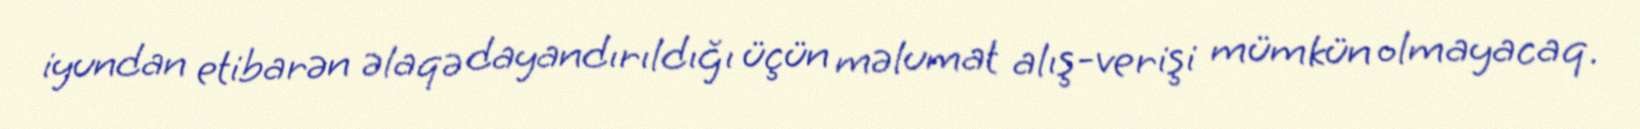
iyundan etibarən əlaqə dayandırıldığı üçün məlumat alış-verişi mümkün olmayacaq.